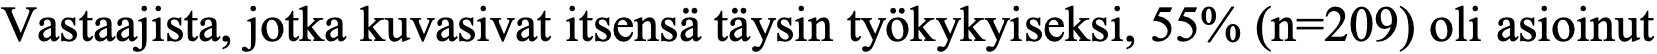
Vastaajista, jotka kuvasivat itsensä täysin työkykyiseksi, 55% (n=209) oli asioinut